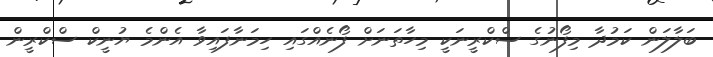
ބަލާލަން ކަމުދާ މިފޯނުގެ ސްކްރީނަކީ މިހާތަނަށް ފޯނެއްގައި ހިމަނާފައިވާ އެންމެ ޔުނީކް ސްކްރީން